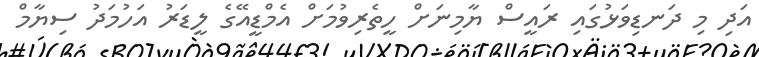
އަދި މި ދަނޑިވަޅުގައި ރައީސް ޔާމިނަށް ހީތެރިވުމަށް އެމްޑީއޭގެ ލީޑަރު އަހުމަދު ސިޔާމް